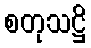
စတုသဋ္ဌိ